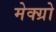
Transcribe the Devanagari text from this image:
मेक्ग्रो